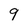
Character: 9